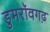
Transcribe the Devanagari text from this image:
डुमरॉवगढ़